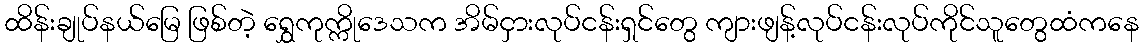
ထိန်းချုပ်နယ်မြေ ဖြစ်တဲ့ ရွှေကုက္ကိုဒေသက အိမ်ငှားလုပ်ငန်းရှင်တွေ ကျားဖျန့်လုပ်ငန်းလုပ်ကိုင်သူတွေထံကနေ